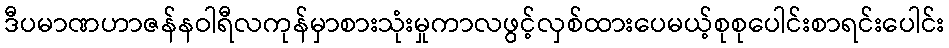
ဒီပမာဏဟာဇန်နဝါရီလကုန်မှာစားသုံးမှုကာလဖွင့်လှစ်ထားပေမယ့်စုစုပေါင်းစာရင်းပေါင်း